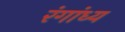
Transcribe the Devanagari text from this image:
रंगांध्य